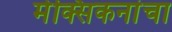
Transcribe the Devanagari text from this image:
मेक्सिकनांचा